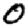
Digit: 0